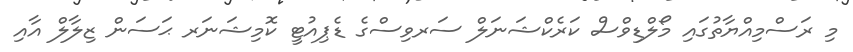
މި ރަސްމިއްޔާތުގައި މޯލްޑިވްސް ކަރެކްޝަނަލް ސަރވިސްގެ ޑެޕިއުޓީ ކޮމިޝަނަރ ޙަސަން ޒިލާލް އާއި